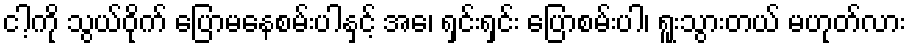
ငါ့ကို သွယ်ဝိုက် ပြောမနေစမ်းပါနှင့် အေ၊ ရှင်းရှင်း ပြောစမ်းပါ၊ ရူးသွားတယ် မဟုတ်လား